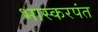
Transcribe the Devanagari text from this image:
भास्करपंत